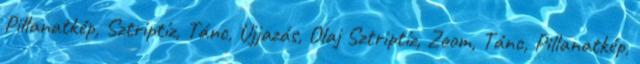
Pillanatkép, Sztriptíz, Tánc, Ujjazás, Olaj Sztriptíz, Zoom, Tánc, Pillanatkép,